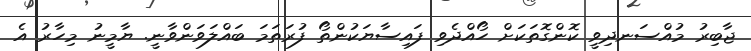
ޖާބިރު މުއްސަނދިވީ ކޮންގޮތަކަށް ހޯއްދެވި ފައިސާޔަކުންތޯ ފުރަތަމަ ބައްލަވަންވާނީ. ޔާމީނު މިހާރު އެ